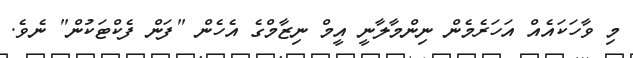
މި ވާހަކައެއް އަހަރެމެން ނިންމާލާނީ އީމް ނިޒާމްގެ އެހެން "ފަން ފެކްޓަކުން" ނެވެ.